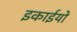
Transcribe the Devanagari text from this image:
इकाईयो